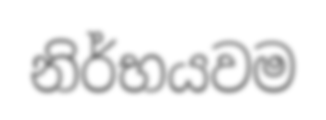
නිර්භයවම